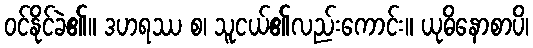
ဝင်နိုင်ခဲ၏။ ဒဟရဿ စ၊ သူငယ်၏လည်းကောင်း။ ယုဓိနောစာပိ၊